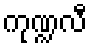
ကုဏ္ဍလီ